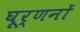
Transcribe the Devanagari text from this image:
घूर्णनों